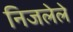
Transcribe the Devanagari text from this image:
निजलेले